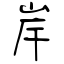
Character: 岸